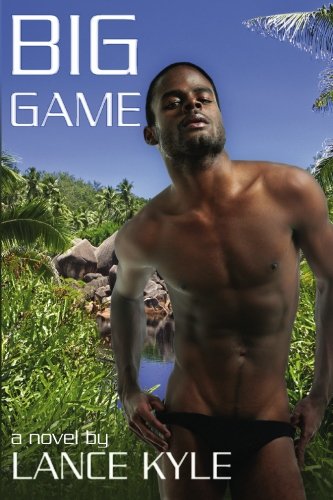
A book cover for Big Game; Lance Kyle; Romance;